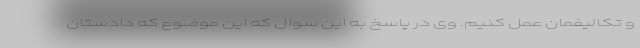
و تکالیفمان عمل کنیم. وی در پاسخ به این سوال که این موضوع که دادستان